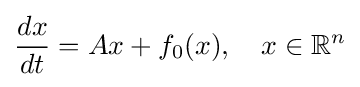
{\frac {dx}{dt}}=Ax+f_{0}(x),\quad x\in \mathbb {R} ^{n}